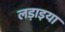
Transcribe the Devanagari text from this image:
लड़ाइया